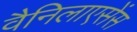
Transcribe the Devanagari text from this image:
वैनिलाएसेंस